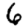
Digit: 6